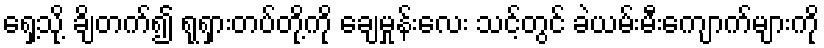
ရှေ့သို့ ချိတက်၍ ရုရှားတပ်တို့ကို ချေမှုန်းလေး သင့်တွင် ခဲယမ်းမီးကျောက်များကို